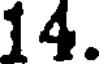
14.